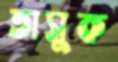
তাসুক